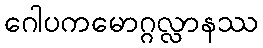
ဂေါပကမောဂ္ဂလ္လာနဿ